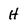
Character: H